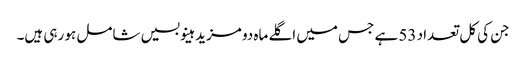
جن کی کل تعداد 53 ہے جس میں اگلے ماہ دو مزید ہینو بسیں شامل ہو رہی ہیں۔